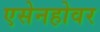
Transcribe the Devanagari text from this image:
एसेनहोवर